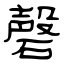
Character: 磬